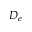
D _ { e }